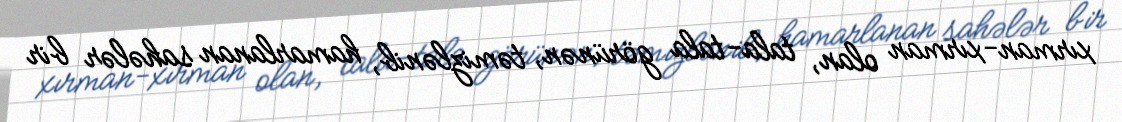
xırman-xırman olan, tala-tala görünən, təmizlənib, hamarlanan sahələr bir